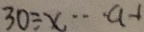
3 0 \div x \cdots a - 1